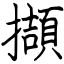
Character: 擷